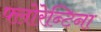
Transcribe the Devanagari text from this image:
फ्लोरेन्टिना